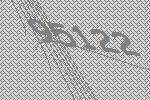
95122